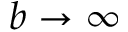
b \rightarrow \infty